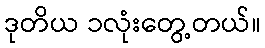
ဒုတိယ ၁လုံးတွေ့တယ်။